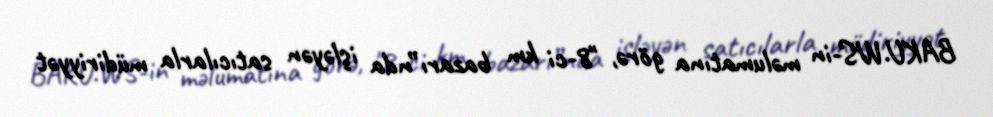
BAKU.WS-in məlumatına görə, "8-ci km bazarı”nda işləyən satıcılarla müdiriyyət